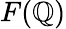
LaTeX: F(\mathbb{Q})